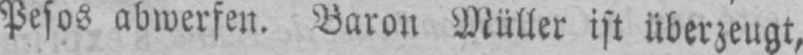
Pesos abwerfen. Baron Müller ist überzeugt